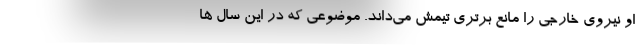
او نیروی خارجی را مانع برتری تیمش می‌داند. موضوعی که در این سال ها